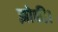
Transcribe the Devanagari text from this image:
झोकी।